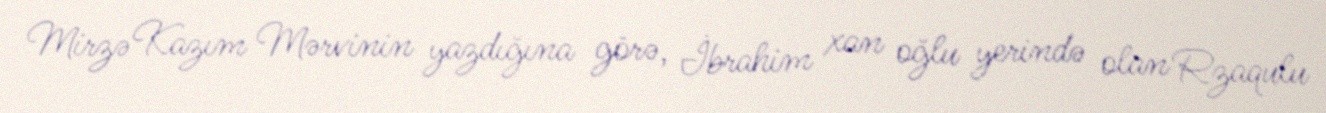
Mirzə Kazım Mərvinin yazdığına görə, İbrahim xan oğlu yerində olan Rzaqulu